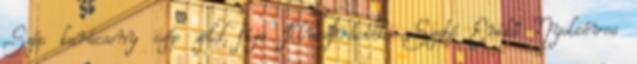
Szép karácsony szép zöld fája Illusztrációk: Szabó Enikő Nyolcéves